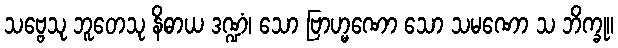
သဗ္ဗေသု ဘူတေသု နိဓာယ ဒဏ္ဍံ၊ သော ဗြာဟ္မဏော သော သမဏော သ ဘိက္ခု။